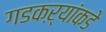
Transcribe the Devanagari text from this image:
गडकऱ्यांकडे